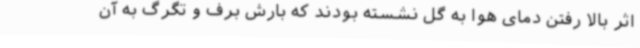
اثر بالا رفتن دمای هوا به گل نشسته بودند که بارش برف و تگرگ به آن